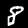
Label: 8